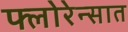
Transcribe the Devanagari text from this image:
फ्लोरेन्सात